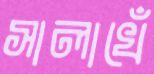
সালাখেঁ